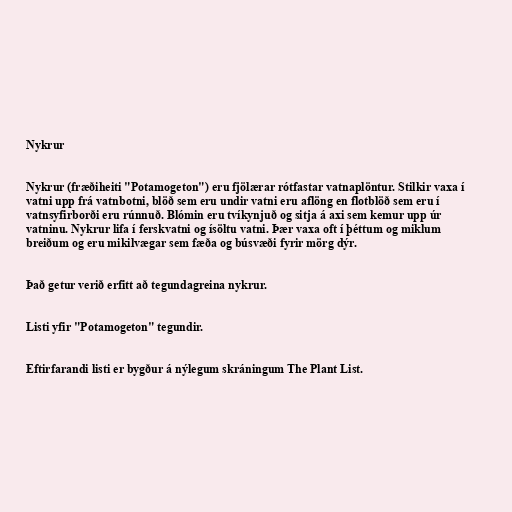
Nykrur

Nykrur (fræðiheiti "Potamogeton") eru fjölærar rótfastar vatnaplöntur. Stilkir vaxa í
vatni upp frá vatnbotni, blöð sem eru undir vatni eru aflöng en flotblöð sem eru í
vatnsyfirborði eru rúnnuð. Blómin eru tvíkynjuð og sitja á axi sem kemur upp úr
vatninu. Nykrur lifa í ferskvatni og ísöltu vatni. Þær vaxa oft í þéttum og miklum
breiðum og eru mikilvægar sem fæða og búsvæði fyrir mörg dýr.

Það getur verið erfitt að tegundagreina nykrur.

Listi yfir "Potamogeton" tegundir.

Eftirfarandi listi er bygður á nýlegum skráningum The Plant List.